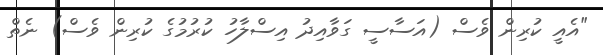
"އެއީ ކުރިން ވެސް (އަސާސީ ގަވާއިދު އިސްލާހު ކުރުމުގެ ކުރިން ވެސް) ނެތް